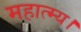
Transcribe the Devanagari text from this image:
महात्म्य।